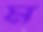
ম